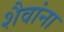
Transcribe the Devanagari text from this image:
शैवांना